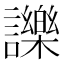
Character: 𧭥